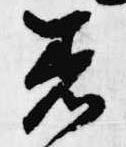
着